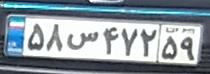
۵۸ص۴۷۲۵۹